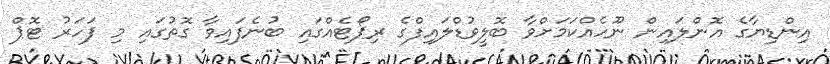
އިންޑިޔާގެ އޮންލައިން ނޫހެއްކަމަށްވާ ބޮލީވުޑްލައިފްގެ ރިޕޯޓެއްގައި ބުނެފައިވާ ގޮތުގައި މި ފަހަރު ޓޮޕް